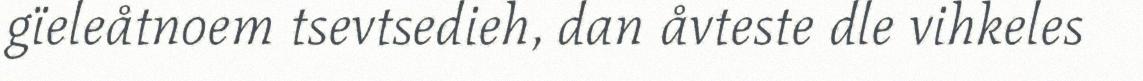
gïeleåtnoem tsevtsedieh, dan åvteste dle vihkeles